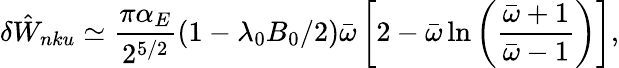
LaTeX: \delta{\hat{W}}_{nku}\simeq\frac{\pi\alpha_{E}}{2^{5/2}}(1-\lambda_{0}B_{0}/2){\bar{\omega}}\left[2-{\bar{\omega}}\ln\left(\frac{{\bar{\omega}}+1}{{\bar{\omega}}-1}\right)\right],